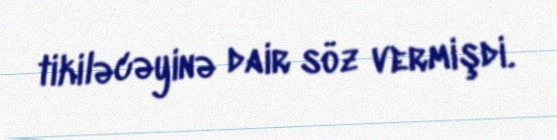
tikiləcəyinə dair söz vermişdi.